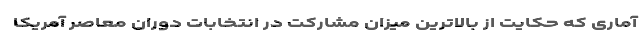
آماری که حکایت از بالاترین میزان مشارکت در انتخابات دوران معاصر آمریکا